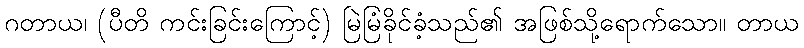
ဂတာယ၊ (ပီတိ ကင်းခြင်းကြောင့်) မြဲမြံခိုင်ခံ့သည်၏ အဖြစ်သို့ရောက်သော။ တာယ